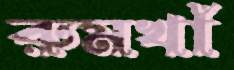
রুমখাঁ